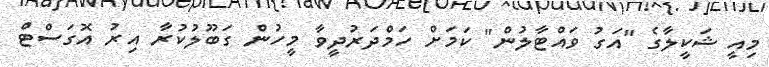
މިއީ ޝަކީލާގެ "އަގު ވައްޓާލުން" ކަމަށް ހަމްދަރުދީވާ މީހުން ގަބޫލުކުރާ އިރު އޮގަސްޓް